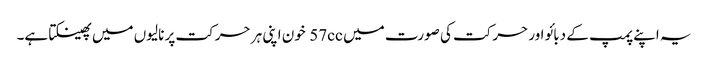
یہ اپنے پمپ کے دبائو اور حرکت کی صورت میں 57cc خون اپنی ہر حرکت پر نالیوں میں پھینکتا ہے۔